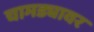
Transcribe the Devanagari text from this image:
चामड्यावर